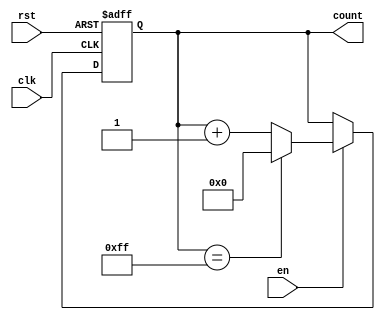
module MemoryBlocksIncrementalCounter #(
    parameter WIDTH = 8,          // Define the width of the counter
    parameter INITIAL_VALUE = 0   // Define the initial value for the counter
)(
    input wire clk,               // Clock input
    input wire rst,               // Asynchronous reset
    input wire en,                // Enable signal
    output reg [WIDTH-1:0] count  // Current counter value
);

    // Internal signal to hold the next counter value
    reg [WIDTH-1:0] next_count;

    // Asynchronous reset and counter update logic
    always @(posedge clk or posedge rst) begin
        if (rst) begin
            count <= INITIAL_VALUE; // Reset the counter to the initial value
        end else if (en) begin
            count <= next_count;     // Update the counter with the next value
        end
    end

    // Combinational logic to determine the next counter value
    always @(*) begin
        if (count == {WIDTH{1'b1}}) // Check for overflow condition
            next_count = INITIAL_VALUE; // Wrap around
        else
            next_count = count + 1; // Increment the counter
    end

endmodule